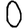
Digit: 0